Civil Veterinary Department Bengal reports 1923-33 - 1923-1933
Year: 1923
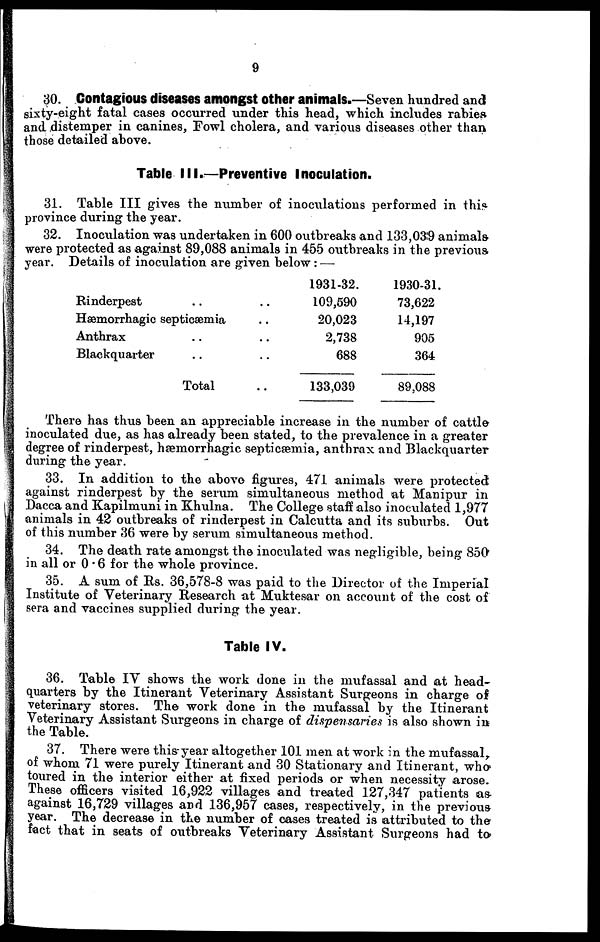
9
30. Contagious diseases amongst other animals.—Seven hundred and
sixty-eight fatal cases occurred under this head, which includes rabies
and distemper in canines, Fowl cholera, and various diseases other than
those detailed above.
Table III.—Preventive Inoculation.
31. Table III gives the number of inoculations performed in this
province during the year.
32. Inoculation was undertaken in 600 outbreaks and 133,039 animals
were protected as against 89,088 animals in 455 outbreaks in the previous
year. Details of inoculation are given below:—
Rinderpest .. ..
Hæmorrhagic septicæmia ..
Anthrax .. ..
Blackquarter .. ..
Total ..
1931-32.
109,590
20,023
2,738
688
133,039
1930-31.
73,622
14,197
905
364
89,088
There has thus been an appreciable increase in the number of cattle
inoculated due, as has already been stated, to the prevalence in a greater
degree of rinderpest, hæmorrhagic septicæmia, anthrax and Blackquarter
during the year.
33. In addition to the above figures, 471 animals were protected
against rinderpest by the serum simultaneous method at Manipur in
Dacca and Kapilmuni in Khulna. The College staff also inoculated 1,977
animals in 42 outbreaks of rinderpest in Calcutta and its suburbs. Out
of this number 36 were by serum simultaneous method.
34. The death rate amongst the inoculated was negligible, being 850
in all or 0 . 6 for the whole province.
35. A sum of Its. 36,578-8 was paid to the Director of the Imperial
Institute of Veterinary Research at Muktesar on account of the cost of
sera and vaccines supplied during the year.
Table IV.
36. Table IV shows the work done in the mufassal and at head-
quarters by the Itinerant Veterinary Assistant Surgeons in charge of
veterinary stores. The work done in the mufassal by the Itinerant
Veterinary Assistant Surgeons in charge of dispensaries is also shown in
the Table.
37. There were this year altogether 101 men at work in the mufassal,
of whom 71 were purely Itinerant and 30 Stationary and Itinerant, who
toured in the interior either at fixed periods or when necessity arose.
These officers visited 16,922 villages and treated 127,347 patients as-
against 16,729 villages and 136,957 cases, respectively, in the previous
year. The decrease in the number of cases treated is attributed to the
fact that in seats of outbreaks Veterinary Assistant Surgeons had to